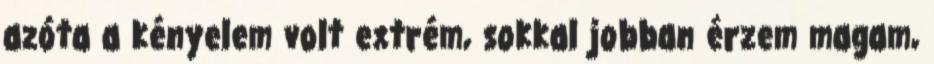
azóta a kényelem volt extrém, sokkal jobban érzem magam,